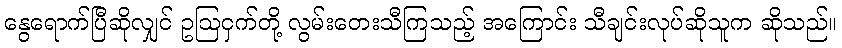
နွေရောက်ပြီဆိုလျှင် ဥဩငှက်တို့ လွမ်းတေးသီကြသည့် အကြောင်း သီချင်းလုပ်ဆိုသူက ဆိုသည်။